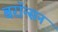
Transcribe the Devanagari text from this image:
बरॉन्सन